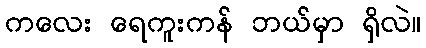
ကလေး ရေကူးကန် ဘယ်မှာ ရှိလဲ။